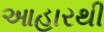
આહારથી